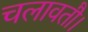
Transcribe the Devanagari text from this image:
चलावतौ।